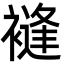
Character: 䙜